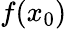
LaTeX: f(x_{0})